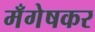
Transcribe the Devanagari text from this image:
मँगेषकर